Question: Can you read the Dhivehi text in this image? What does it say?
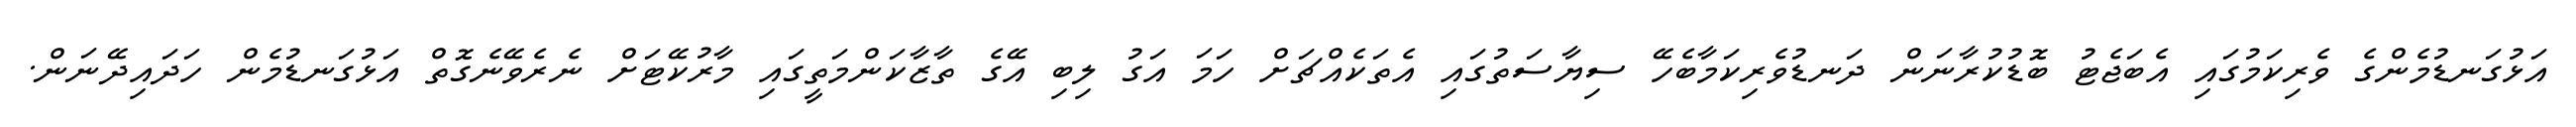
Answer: އަޅުގަނޑުމެންގެ ވެރިކަމުގައި އެބަޖެޓު ބޮޑުކުރާނަން ދަނޑުވެރިކަމާބެހޭ ސިޔާސަތުގައި އެތަކެއްޗަށް ހަމަ އަގު ލިބި އޭގެ ތާޒާކަންމަތީގައި މާރުކޭޓަށް ނެރެވޭނެގޮތް އަޅުގަނޑުމެން ހަދައިދޭނަން.